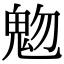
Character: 𩲐